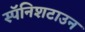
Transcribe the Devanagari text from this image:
स्पॅनिशटाउन